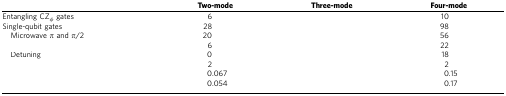
<table><thead><tr><td>[EMPTY_CELL]</td><td><b>Two-mode</b></td><td><b>Three-mode</b></td><td><b>Four-mode</b></td></tr></thead><tbody><tr><td>Entangling CZ<sub><i>φ</i></sub> gates</td><td>6</td><td>[EMPTY_CELL]</td><td>10</td></tr><tr><td>Single-qubit gates</td><td>28</td><td>[EMPTY_CELL]</td><td>98</td></tr><tr><td> Microwave <i>π</i> and <i>π</i>/2</td><td>20</td><td>[EMPTY_CELL]</td><td>56</td></tr><tr><td>[EMPTY_CELL]</td><td>6</td><td>[EMPTY_CELL]</td><td>22</td></tr><tr><td> Detuning</td><td>0</td><td>[EMPTY_CELL]</td><td>18</td></tr><tr><td>[EMPTY_CELL]</td><td>2</td><td>[EMPTY_CELL]</td><td>2</td></tr><tr><td>[EMPTY_CELL]</td><td>0.067</td><td>[EMPTY_CELL]</td><td>0.15</td></tr><tr><td>[EMPTY_CELL]</td><td>0.054</td><td>[EMPTY_CELL]</td><td>0.17</td></tr></tbody></table>